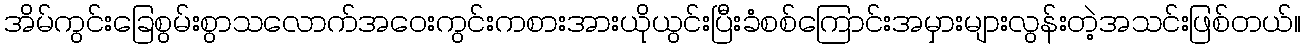
အိမ်ကွင်းခြေစွမ်းစွာသလောက်အဝေးကွင်းကစားအားယိုယွင်းပြီးခံစစ်ကြောင်းအမှားများလွန်းတဲ့အသင်းဖြစ်တယ်။